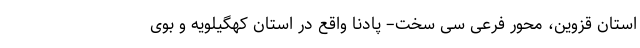
استان قزوین، محور فرعی سی سخت– پادنا واقع در استان کهگیلویه و بوی